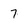
Character: 7